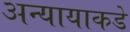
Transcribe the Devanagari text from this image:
अन्यायाकडे